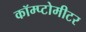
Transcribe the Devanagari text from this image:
कॉम्प्टोमीटर